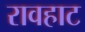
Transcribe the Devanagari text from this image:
रावहाट